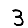
Digit: 3